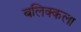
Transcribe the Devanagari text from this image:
बलिक्कला